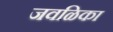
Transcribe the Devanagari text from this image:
जवळिका